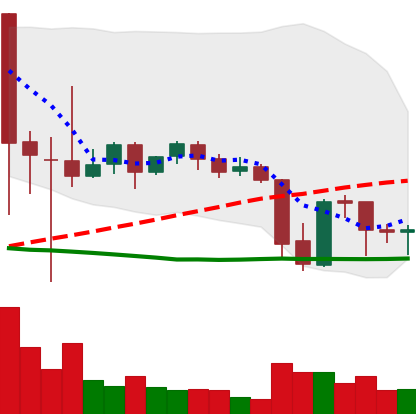
Ticker: XRP-USD
Chart end date: 2021-09-26
Forward return: 10.363%
Label: up_7plus